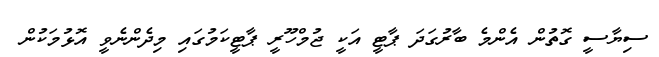
ސިޔާސީ ގޮތުން އެންމެ ބާރުގަދަ ޕާޓީ އަކީ ޖުމްހޫރީ ޕާޓީކަމުގައި މިދެންނެވީ އޮޅުމަކުން